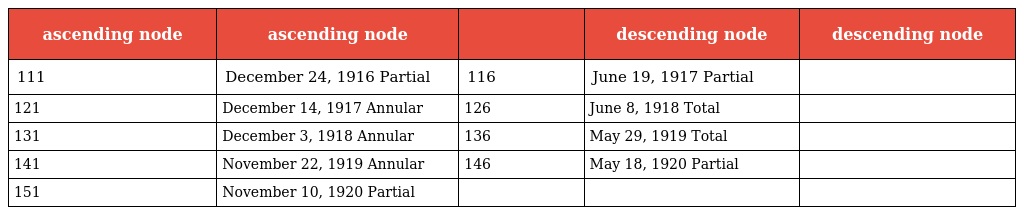
| ascending node | ascending node |  | descending node | descending node |
 | --- | --- | --- | --- | --- |
 | 111 | December 24, 1916 Partial | 116 | June 19, 1917 Partial |  |
 | 121 | December 14, 1917 Annular | 126 | June 8, 1918 Total |  |
 | 131 | December 3, 1918 Annular | 136 | May 29, 1919 Total |  |
 | 141 | November 22, 1919 Annular | 146 | May 18, 1920 Partial |  |
 | 151 | November 10, 1920 Partial |  |  |  |